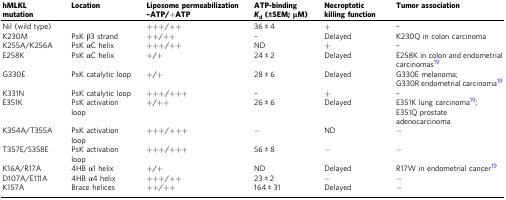
<table><thead><tr><td><b>hMLKL mutation</b></td><td><b>Location</b></td><td><b>Liposome permeabilization–ATP/+ATP</b></td><td><b>ATP-binding<i>K</i><sub>d</sub> (±SEM; μM)</b></td><td><b>Necroptotic killing function</b></td><td><b>Tumor association</b></td></tr></thead><tbody><tr><td>Nil (wild type)</td><td>[EMPTY_CELL]</td><td>+++/++</td><td>36 ± 4</td><td>+</td><td>–</td></tr><tr><td>K230M</td><td>PsK β3 strand</td><td>++/++</td><td>–</td><td>Delayed</td><td>K230Q in colon carcinoma</td></tr><tr><td>K255A/K256A</td><td>PsK αC helix</td><td>+++/++</td><td>ND</td><td>+</td><td>–</td></tr><tr><td>E258K</td><td>PsK αC helix</td><td>+/+</td><td>24 ± 2</td><td>Delayed</td><td>E258K in colon and endometrial carcinomas<sup>19</sup></td></tr><tr><td>G330E</td><td>PsK catalytic loop</td><td>+/+</td><td>28 ± 6</td><td>Delayed</td><td>G330E melanoma;G330R endometrial carcinoma<sup>19</sup></td></tr><tr><td>K331N</td><td>PsK catalytic loop</td><td>+++/+++</td><td>–</td><td>+</td><td>–</td></tr><tr><td>E351K</td><td>PsK activation loop</td><td>+/++</td><td>26 ± 6</td><td>Delayed</td><td>E351K lung carcinoma<sup>19</sup>;E351Q prostate adenocarcinoma</td></tr><tr><td>K354A/T355A</td><td>PsK activation loop</td><td>+++/+++</td><td>−</td><td>ND</td><td>−</td></tr><tr><td>T357E/S358E</td><td>PsK activation loop</td><td>+++/+++</td><td>56 ± 8</td><td>−</td><td>−</td></tr><tr><td>K16A/R17A</td><td>4HB α1 helix</td><td>+/+</td><td>ND</td><td>Delayed</td><td>R17W in endometrial cancer<sup>19</sup></td></tr><tr><td>D107A/E111A</td><td>4HB α4 helix</td><td>+++/++</td><td>23 ± 2</td><td>−</td><td>−</td></tr><tr><td>K157A</td><td>Brace helices</td><td>++/++</td><td>164 ± 31</td><td>Delayed</td><td>−</td></tr></tbody></table>